Source: Handwritten
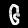
Digit: ၆ (6)